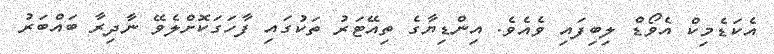
އެކަޑެމިކް އެވޯޑް ލިބިފައި ވެއެވެ. އިންޑިޔާގެ ތިއޭޓަަރު ތަކުގައި ފާހަގަކޮށްލެވޭ ނާދިރާ ބައްބަރު